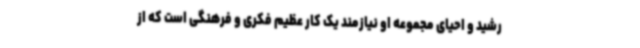
رشید و احیای مجموعه او نیازمند یک کار عظیم فکری و فرهنگی است که از